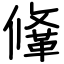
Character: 鞗